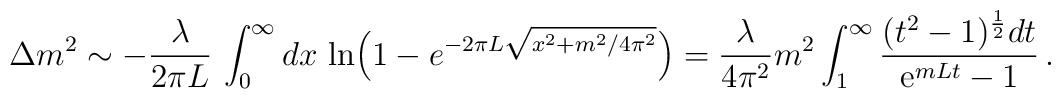
\Delta m^2 \sim -\frac{\lambda}{2\pi L}\, \int_0^\infty dx \,\ln \Bigl(1 - e^{-2\pi L \sqrt{x^2 +m^2/4\pi^2}}\Bigr) =\frac{\lambda}{4\pi^2}  m^2 \int_1^\infty{{(t^2-1)^{{1\over 2}} dt} \over {{\rm e}^{mL t} -1}} \, .